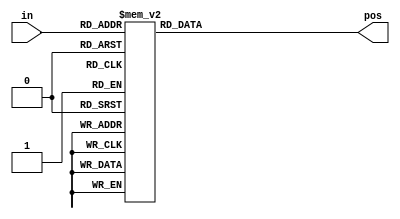
// synthesis verilog_input_version verilog_2001
module top_module (
    input [3:0] in,
    output reg [1:0] pos);

    always @(*) begin
        case(in)
            4'b0000: pos = 2'b00;

            4'b0010: pos = 2'b01;
            4'b0010: pos = 2'b01;
            4'b0110: pos = 2'b01;
            4'b1010: pos = 2'b01;
            4'b1110: pos = 2'b01;

            4'b0100: pos = 2'b10;
            4'b1100: pos = 2'b10;

            4'b1000: pos = 2'b11;

            default: pos = 2'b00;
        endcase
    end

endmodule